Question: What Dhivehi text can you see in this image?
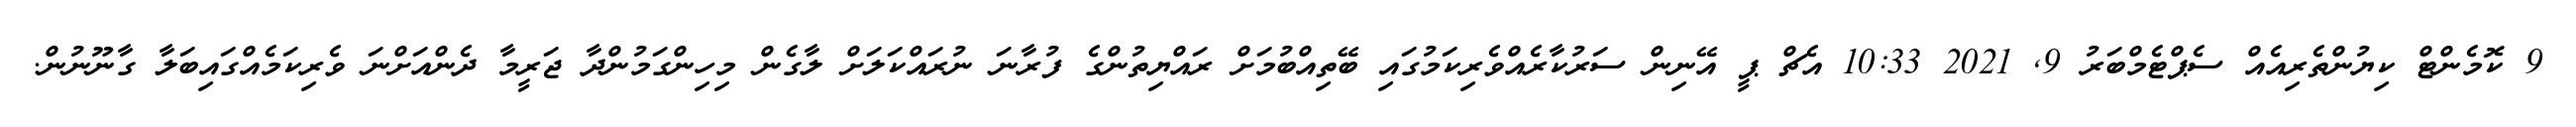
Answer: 9 ކޮމެންޓް ކިޔުންތެރިއެއް ސެޕްޓެމްބަރު 9, 2021 10:33 އެޗް ޕީ އޭނިން ސަރުކާރެއްވެރިކަމުގައި ބޭތިއްބުމަށް ރައްޔިތުންގެ ފުރާނަ ނުރައްކަލަށް ލާގެން މިހިންގަމުންދާ ޖަރީމާ ދެންއަށްނަ ވެރިކަމެއްގައިބަލާ ގާނޫނުން.